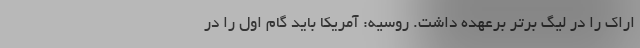
اراک را در لیگ برتر برعهده داشت. روسیه: آمریکا باید گام اول را در